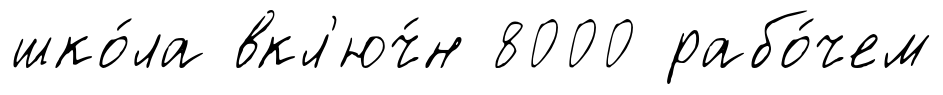
шко́ла вкл'юч́н 8000 рабо́чем